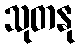
သုတနု